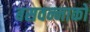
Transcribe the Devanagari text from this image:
बसवन्नाको